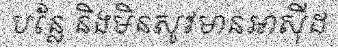
បន្លែ និងមិនសូវមានអាស៊ីដ